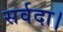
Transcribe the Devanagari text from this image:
सर्वदा।